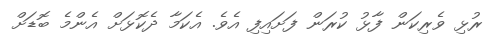
ރުޅި ވެރިކަން ފާޅު ކުރަން ފަށައިފި އެވެ. އެކަމާ ދެކޮޅަށް އެންމެ ބޮޑަށް